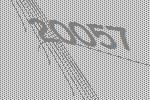
20057